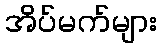
အိပ်မက်များ